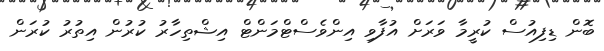
ބޮން ޑިފިއުސް ކުރީމާ ވަރަށް އުފާވި އިންވެސްޓްމަންޓް އިޝްތިހާރު ކުރުން އިތުރު ކުރަން